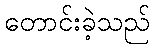
တောင်းခဲ့သည်